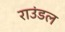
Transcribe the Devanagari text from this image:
राउंडल